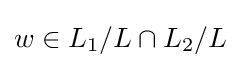
w\in L_{1}/L\cap L_{2}/L